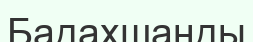
Бадахшанды